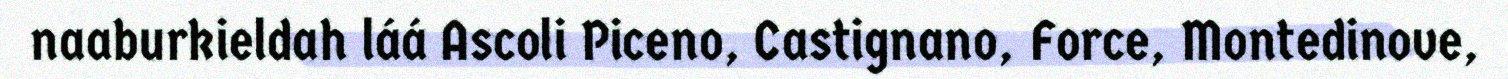
naaburkieldah láá Ascoli Piceno, Castignano, Force, Montedinove,